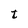
Character: t